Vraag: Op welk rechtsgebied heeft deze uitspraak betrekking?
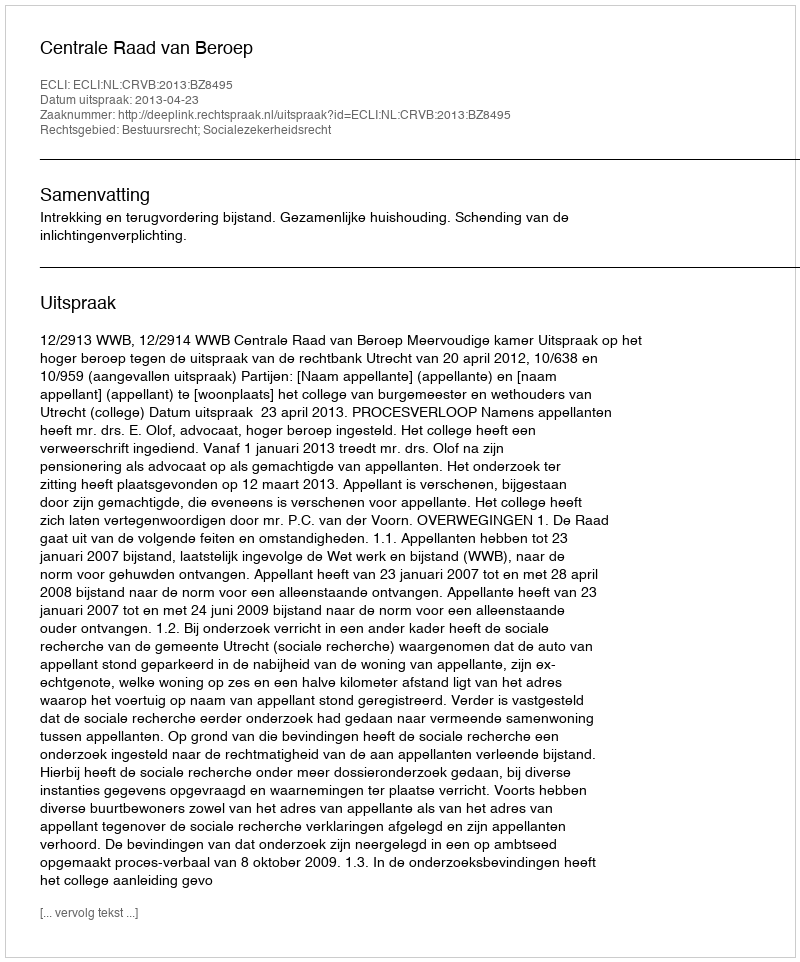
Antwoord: Bestuursrecht; Socialezekerheidsrecht